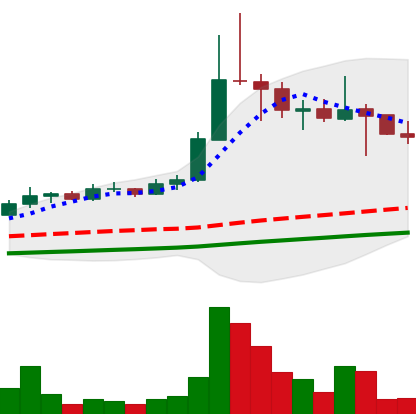
Ticker: ETC-USD
Chart end date: 2021-04-25
Forward return: 24.929%
Label: up_7plus